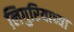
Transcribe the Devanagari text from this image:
लिगुरियाच्या